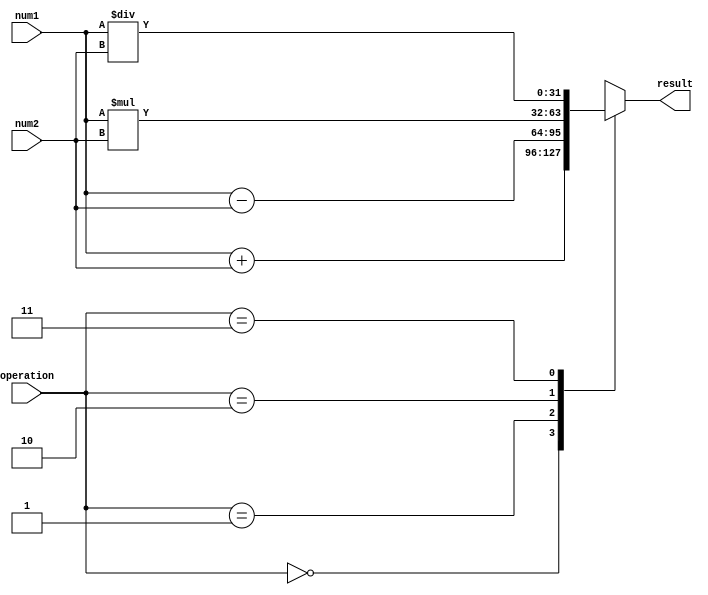
module FixedPointUnit (
    input [31:0] num1,
    input [31:0] num2,
    input [1:0] operation,
    output reg [31:0] result
);

always @ (num1 or num2 or operation)
begin
    case(operation)
        2'b00: result <= num1 + num2; // Addition block
        2'b01: result <= num1 - num2; // Subtraction block
        2'b10: result <= num1 * num2; // Multiplication block
        2'b11: result <= num1 / num2; // Division block
    endcase
end

endmodule